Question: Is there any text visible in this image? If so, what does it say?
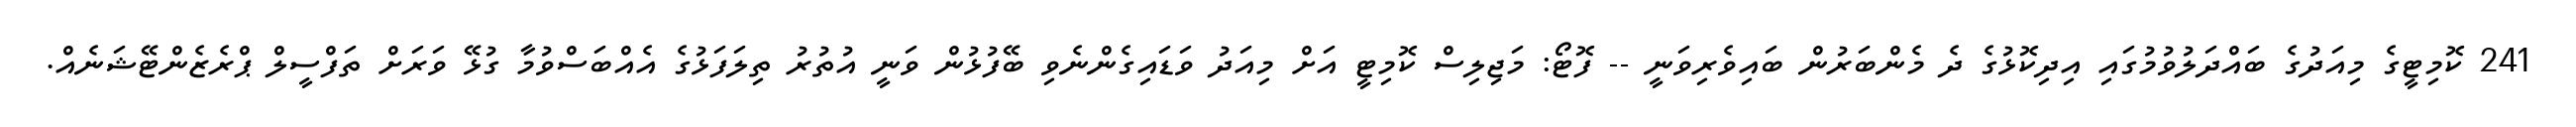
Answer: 241 ކޮމިޓީގެ މިއަދުގެ ބައްދަލުވުމުގައި އިދިކޮޅުގެ ދެ މެންބަރުން ބައިވެރިވަނީ -- ފޮޓޯ: މަޖިލިސް ކޮމިޓީ އަށް މިއަދު ވަޑައިގެންނެވި ބޭފުޅުން ވަނީ އުތުރު ތިލަފަޅުގެ އެއްބަސްވުމާ ގުޅޭ ވަރަށް ތަފްސީލް ޕްރެޒެންޓޭޝަނެއް.